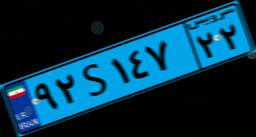
۹۲S۱۴۷۲۲